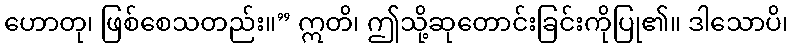
ဟောတု၊ ဖြစ်စေသတည်း။” ဣတိ၊ ဤသို့ဆုတောင်းခြင်းကိုပြု၏။ ဒါသောပိ၊